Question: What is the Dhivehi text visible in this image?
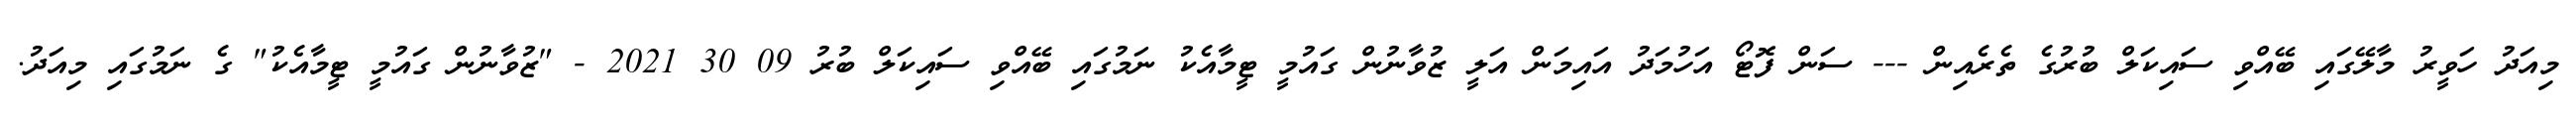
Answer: މިއަދު ހަވީރު މާލޭގައި ބޭއްވި ސައިކަލް ބުރުގެ ތެރެއިން --- ސަން ފޮޓޯ އަހުމަދު އައިމަން އަލީ ޒުވާނުން ގައުމީ ޓީމާއެކު ނަމުގައި ބޭއްވި ސައިކަލް ބުރު 09 30 2021 - "ޒުވާނުން ގައުމީ ޓީމާއެކު" ގެ ނަމުގައި މިއަދު.